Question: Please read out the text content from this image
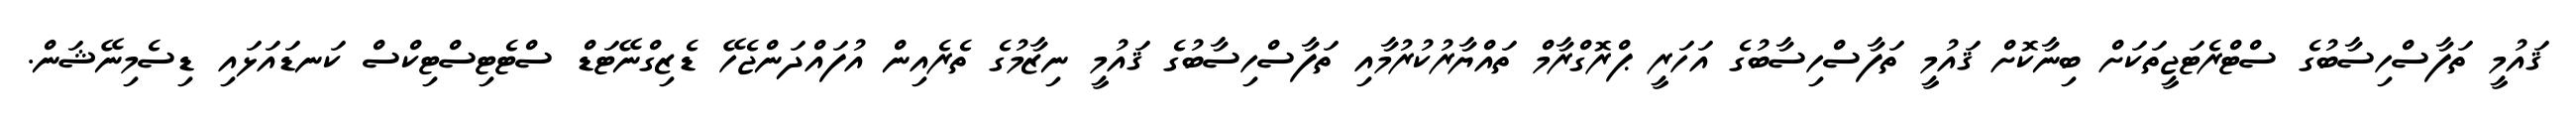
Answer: ޤައުމީ ތަފާސްހިސާބުގެ ސްޓްރެޓަޖީތަކަށް ބިނާކޮށް ޤައުމީ ތަފާސްހިސާބުގެ އަހަރީ ޕްރޮގްރާމް ތައްޔާރުކުރުމާއި ތަފާސްހިސާބުގެ ޤައުމީ ނިޒާމުގެ ތެރެއިން އުފައްދަންޖެހޭ ޑެޒިގްނޭޓަޑް ސްޓެޓިސްޓިކްސް ކަނޑައަޅައި ޑިސެމިނޭޝަން.